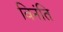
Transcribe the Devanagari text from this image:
विनंति